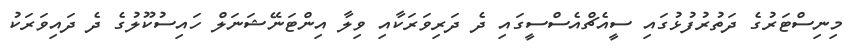
މިނިސްޓަރުގެ ދަތުރުފުޅުގައި ސީއެޗްއެސްސީގައި ދެ ދަރިވަރަކާއި ވިލާ އިންޓަނޭޝަނަލް ހައިސުކޫލުގެ ދެ ދައިވަރަކު